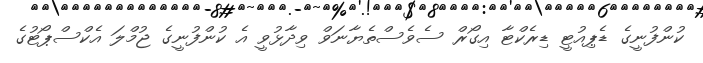
ކުންފުނީގެ ޑެޕިއުޓީ ޑިރެކްޓާ އިގޯރް ސެވެސްތެޔާނަވް ވިދާޅުވީ އެ ކުންފުނީގެ ޖުމްލަ އެކްސްޕޯޓުގެ